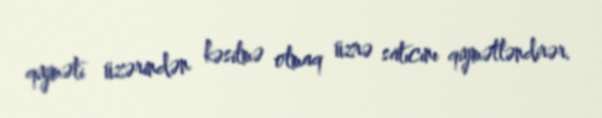
qiyməti üzərindən kəsilmə olmaq üzrə satıcını qiymətləndirər.